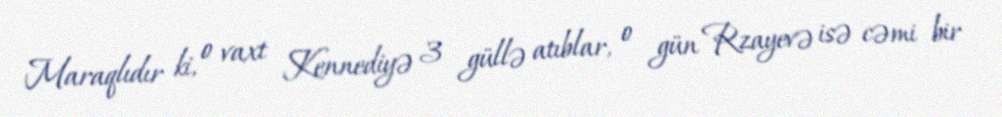
Maraqlıdır ki, o vaxt Kennediyə 3 güllə atıblar, o gün Rzayevə isə cəmi bir